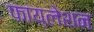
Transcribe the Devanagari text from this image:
फाय्लेशन